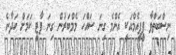
ނިސްބަތްވާ ޕީޕީއެމްއަކީ އެންމެ ގިނަ ސައްހަ މެމްބަރުން ގިނަ ޕާޓީ ކަމަށް ހަދާނެ